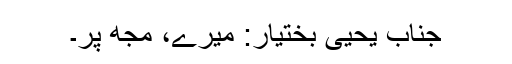
جناب یحییٰ بختیار: میرے، مجھ پر۔